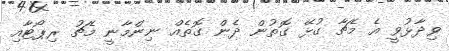
ވިދާޅުވީ އެ މެޗާ ގުޅޭ ގޮތުން ދެން ގޮތެއް ނިންމާނީ މެޗު ރިޕޯޓާއި